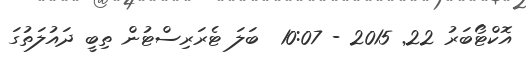
އޮކްޓޯބަރު 22